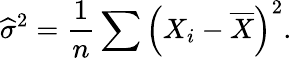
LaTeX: {\widehat{\sigma}}^{2}={\frac{1}{n}}\sum\left(X_{i}-{\overline{{X}}}\right)^{2}.